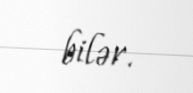
bilər.